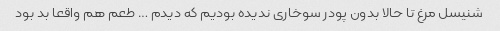
شنیسل مرغ تا حالا بدون پودر سوخاری ندیده بودیم که دیدم … طعم هم واقعا بد بود